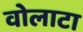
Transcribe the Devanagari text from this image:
वोलाटा